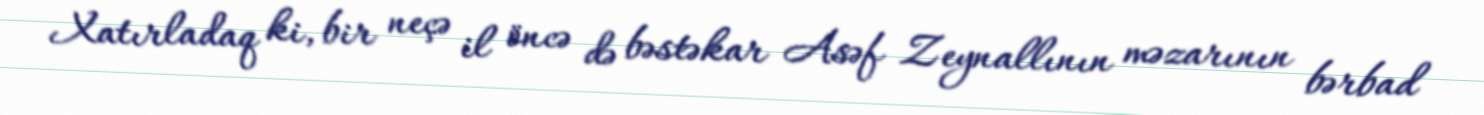
Xatırladaq ki, bir neçə il öncə də bəstəkar Asəf Zeynallının məzarının bərbad